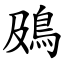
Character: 䲯